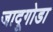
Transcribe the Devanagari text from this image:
जादूगोडा